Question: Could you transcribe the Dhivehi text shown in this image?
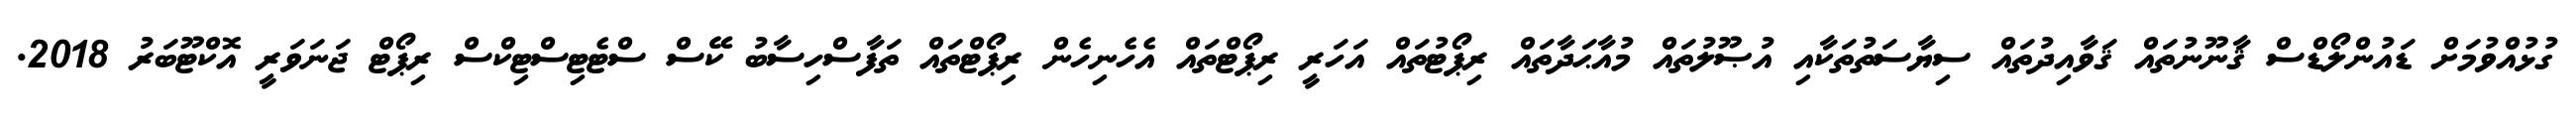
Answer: ގުޅުއްވުމަށް ޑައުންލޯޑްސް ޤާނޫނުތައް ޤަވާއިދުތައް ސިޔާސަތުތަކާއި އުޞޫލުތައް މުއާޙަދާތައް ރިޕޯޓުތައް އަހަރީ ރިޕޯޓްތައް އެހެނިހެން ރިޕޯޓްތައް ތަފާސްހިސާބު ކޭސް ސްޓެޓިސްޓިކްސް ރިޕޯޓް ޖަނަވަރީ އޮކްޓޫބަރު 2018.